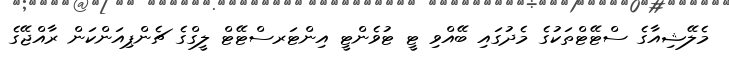
މެލޭޝިއާގެ ސްޓޭޓްތަކުގެ މެދުގައި ބޭއްވި ޓީ ޓުވެންޓީ އިންޓަރސްޓޭޓް ލީގްގެ ޗެންޕިއަންކަން ރާއްޖޭގެ